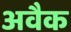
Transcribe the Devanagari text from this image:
अवैक